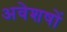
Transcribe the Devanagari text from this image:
अवेशषों